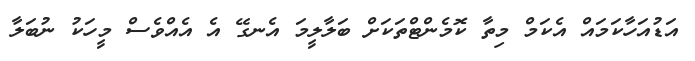
އަޑުއަހާކަމައް އެކަމް މިތާ ކޮމެންޓްތަކަށް ބަލާލީމަ އެނގޭ އެ އެއްވެސް މީހަކު ނުބަލާ